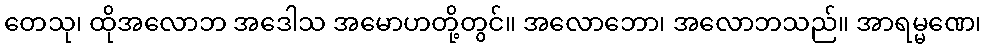
တေသု၊ ထိုအလောဘ အဒေါသ အမောဟတို့တွင်။ အလောဘော၊ အလောဘသည်။ အာရမ္မဏေ၊